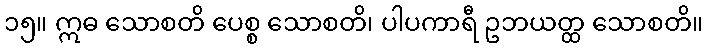
၁၅။ ဣဓ သောစတိ ပေစ္စ သောစတိ၊ ပါပကာရီ ဥဘယတ္ထ သောစတိ။